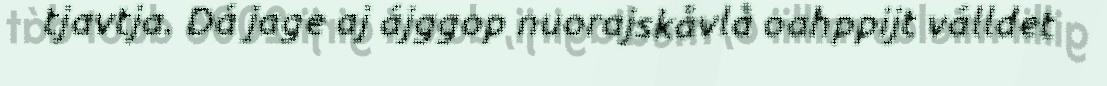
tjavtja. Dá jage aj ájggop nuorajskåvlå oahppijt válldet